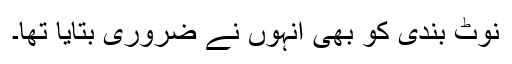
نوٹ بندی کو بھی انہوں نے ضروری بتایا تھا۔